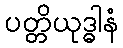
ပတ္တိယုဒ္ဓါနံ